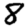
Digit: 8